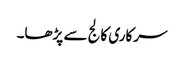
سرکاری کالج سے پڑھا۔